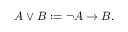
\ A \vee B : = \neg A \rightarrow B .